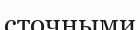
сточными